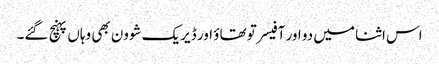
اس اثنا میں دو اور آفیسر تو تھاؤ اور ڈیریک شوون بھی وہاں پہنچ گئے۔